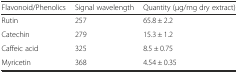
| Flavonoid/Phenolics | Signal wavelength | Quantity (μg/mg dry extract) |
 | --- | --- | --- |
 | Rutin | 257 | 65.8 ± 2.2 |
 | Catechin | 279 | 15.3 ± 1.2 |
 | Caffeic acid | 325 | 8.5 ± 0.75 |
 | Myricetin | 368 | 4.54 ± 0.35 |